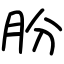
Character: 朌